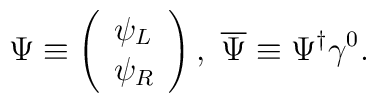
\Psi \equiv \left( \begin{array}{l}\psi _{L} \\ \psi _{R}\end{array}\right) ,\ \overline{\Psi }\equiv \Psi ^{\dagger }\gamma ^{0}.